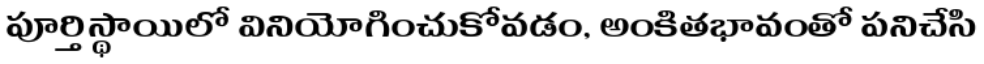
పూర్తిస్థాయిలో వినియోగించుకోవడం, అంకితభావంతో పనిచేసి